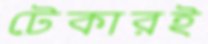
টেকারই